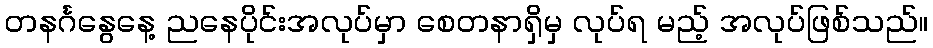
တနင်္ဂနွေနေ့ ညနေပိုင်းအလုပ်မှာ စေတနာရှိမှ လုပ်ရ မည့် အလုပ်ဖြစ်သည်။